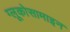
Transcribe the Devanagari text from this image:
ग्लूकोसामाइन